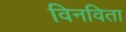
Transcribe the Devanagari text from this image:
विनविता